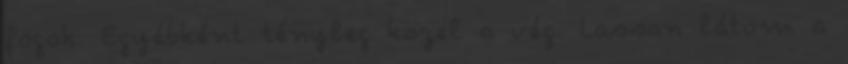
fogok. Egyébként tényleg közel a vég. Lassan látom a